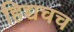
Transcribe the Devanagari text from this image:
हिच्चचच